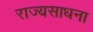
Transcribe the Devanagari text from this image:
राज्यसाधना